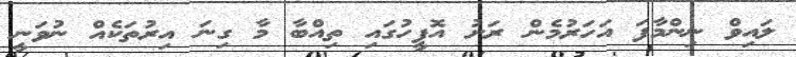
ލައިވް ނިންމާފަ އަހަރުމެން ރަށު އޮފީހުގައި ތިއްބާ މާ ގިނަ އިރުތަކެއް ނުވަނީ